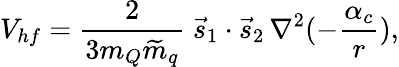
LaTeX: V_{hf}={\frac{2}{3m_{Q}{\widetilde{m}}_{q}}}\; \vec{s}_{1}\cdot\vec{s}_{2}\, \nabla^{2}(-{\frac{\alpha_{c}}{r}}),